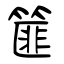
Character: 篚